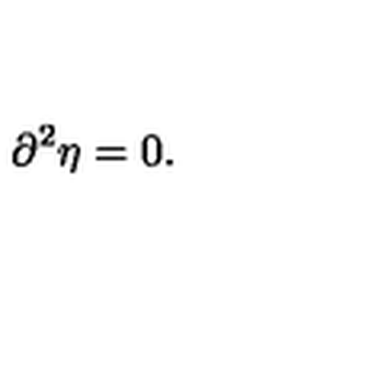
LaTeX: \partial ^ { 2 } \eta = 0 .